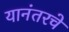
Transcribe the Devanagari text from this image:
यानंतरचे